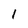
Character: l